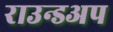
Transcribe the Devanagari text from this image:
राउन्डअप